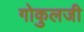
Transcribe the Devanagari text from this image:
गोकुलजी